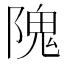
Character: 隗